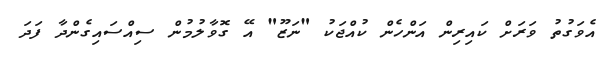
އެވަގުތު ވަރަށް ކައިރިން އަންހެން ކުއްޖަކު "ނަޒޫ" އޭ ގޮވާލުމުން ސިއްސައިގެންދާ ފަދަ